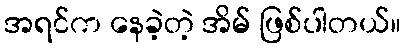
အရင်က နေခဲ့တဲ့ အိမ် ဖြစ်ပါတယ်။